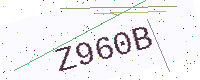
Text: Z960B